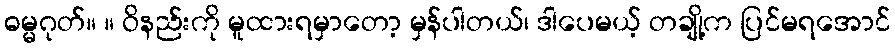
ဓမ္မဂုတ်။ ။ ဝိနည်းကို မူထားရမှာတော့ မှန်ပါတယ်၊ ဒါပေမယ့် တချို့က ပြင်မရအောင်